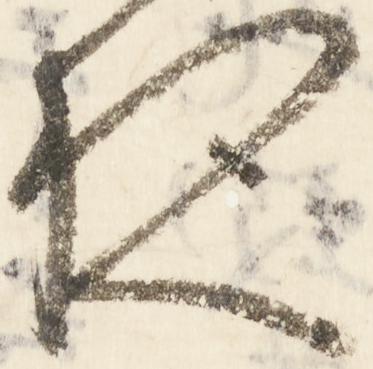
夜